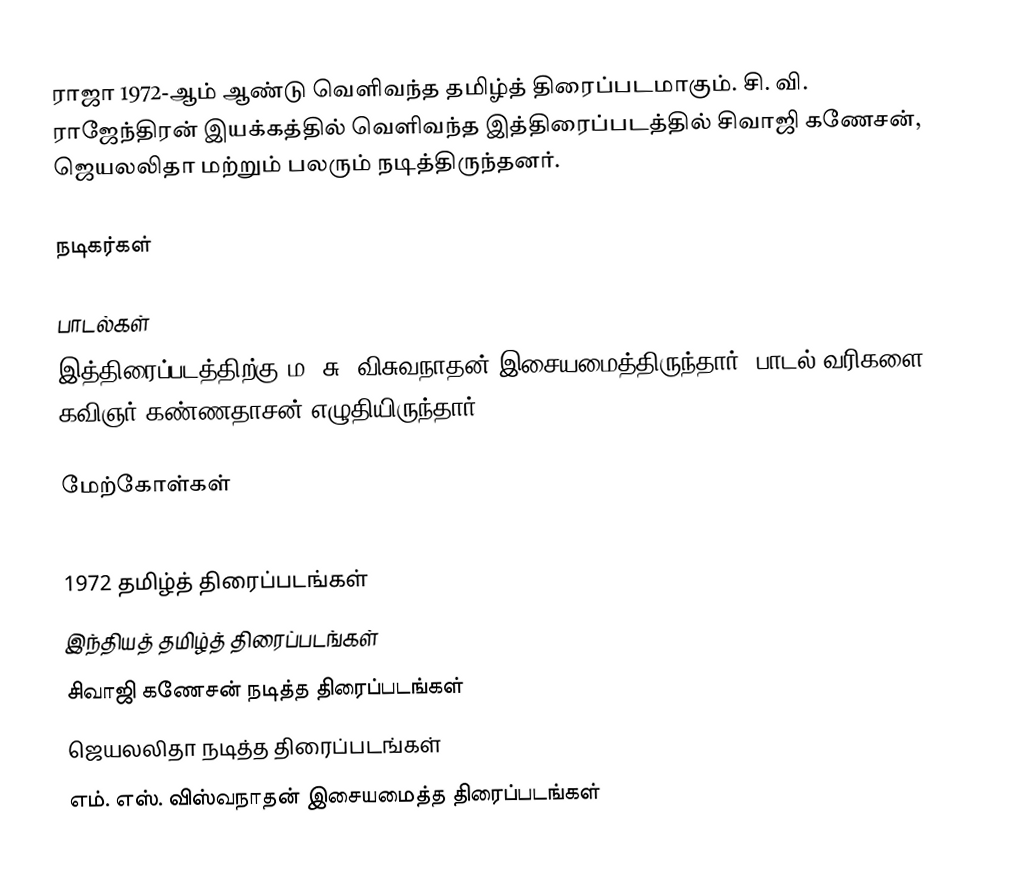
ராஜா 1972-ஆம் ஆண்டு வெளிவந்த தமிழ்த் திரைப்படமாகும். சி. வி. ராஜேந்திரன் இயக்கத்தில் வெளிவந்த இத்திரைப்படத்தில் சிவாஜி கணேசன், ஜெயலலிதா மற்றும் பலரும் நடித்திருந்தனர்.

நடிகர்கள்

பாடல்கள்
இத்திரைப்படத்திற்கு ம. சு. விசுவநாதன் இசையமைத்திருந்தார். பாடல் வரிகளை கவிஞர் கண்ணதாசன் எழுதியிருந்தார்.

மேற்கோள்கள்

1972 தமிழ்த் திரைப்படங்கள்
இந்தியத் தமிழ்த் திரைப்படங்கள்
சிவாஜி கணேசன் நடித்த திரைப்படங்கள்
ஜெயலலிதா நடித்த திரைப்படங்கள்
எம். எஸ். விஸ்வநாதன் இசையமைத்த திரைப்படங்கள்